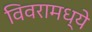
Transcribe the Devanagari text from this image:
विवरामध्ये